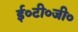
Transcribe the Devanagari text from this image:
ई०टी०जी०